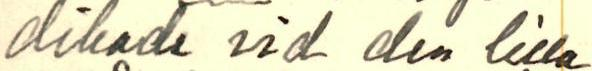
dikade vid dem lilla